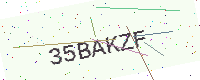
Text: 35BAKZF